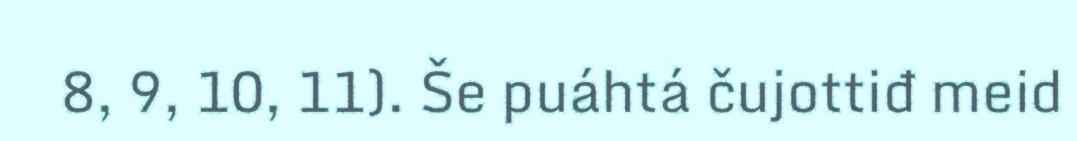
8, 9, 10, 11). Še puáhtá čujottiđ meid